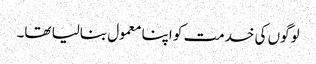
لوگوں کی خدمت کو اپنا معمول بنالیا تھا۔